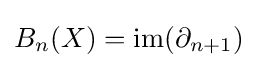
B_{n}(X)=\operatorname {im} (\partial _{n+1})